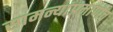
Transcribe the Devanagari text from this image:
सामन्यांप्रमाणेच